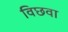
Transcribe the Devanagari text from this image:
विछवा